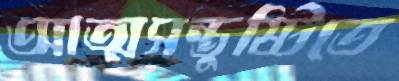
আত্মসন্তুষ্টিতে